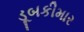
ડૂબકીમાર